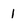
Character: 1